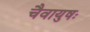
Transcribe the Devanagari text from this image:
चैवायुषः